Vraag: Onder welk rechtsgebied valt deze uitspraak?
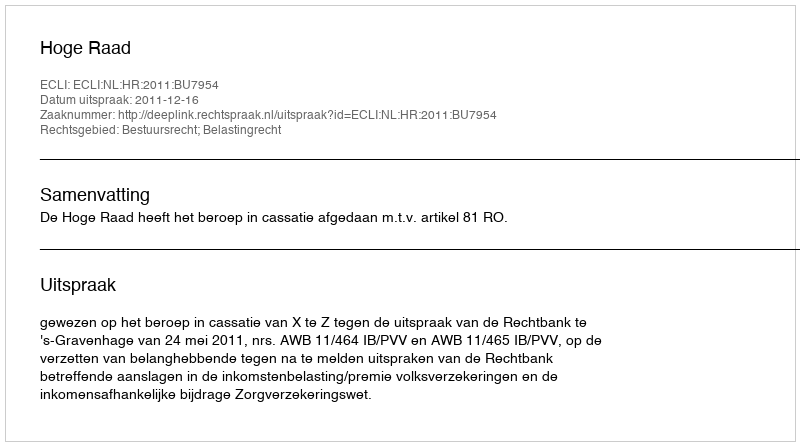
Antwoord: Bestuursrecht; Belastingrecht